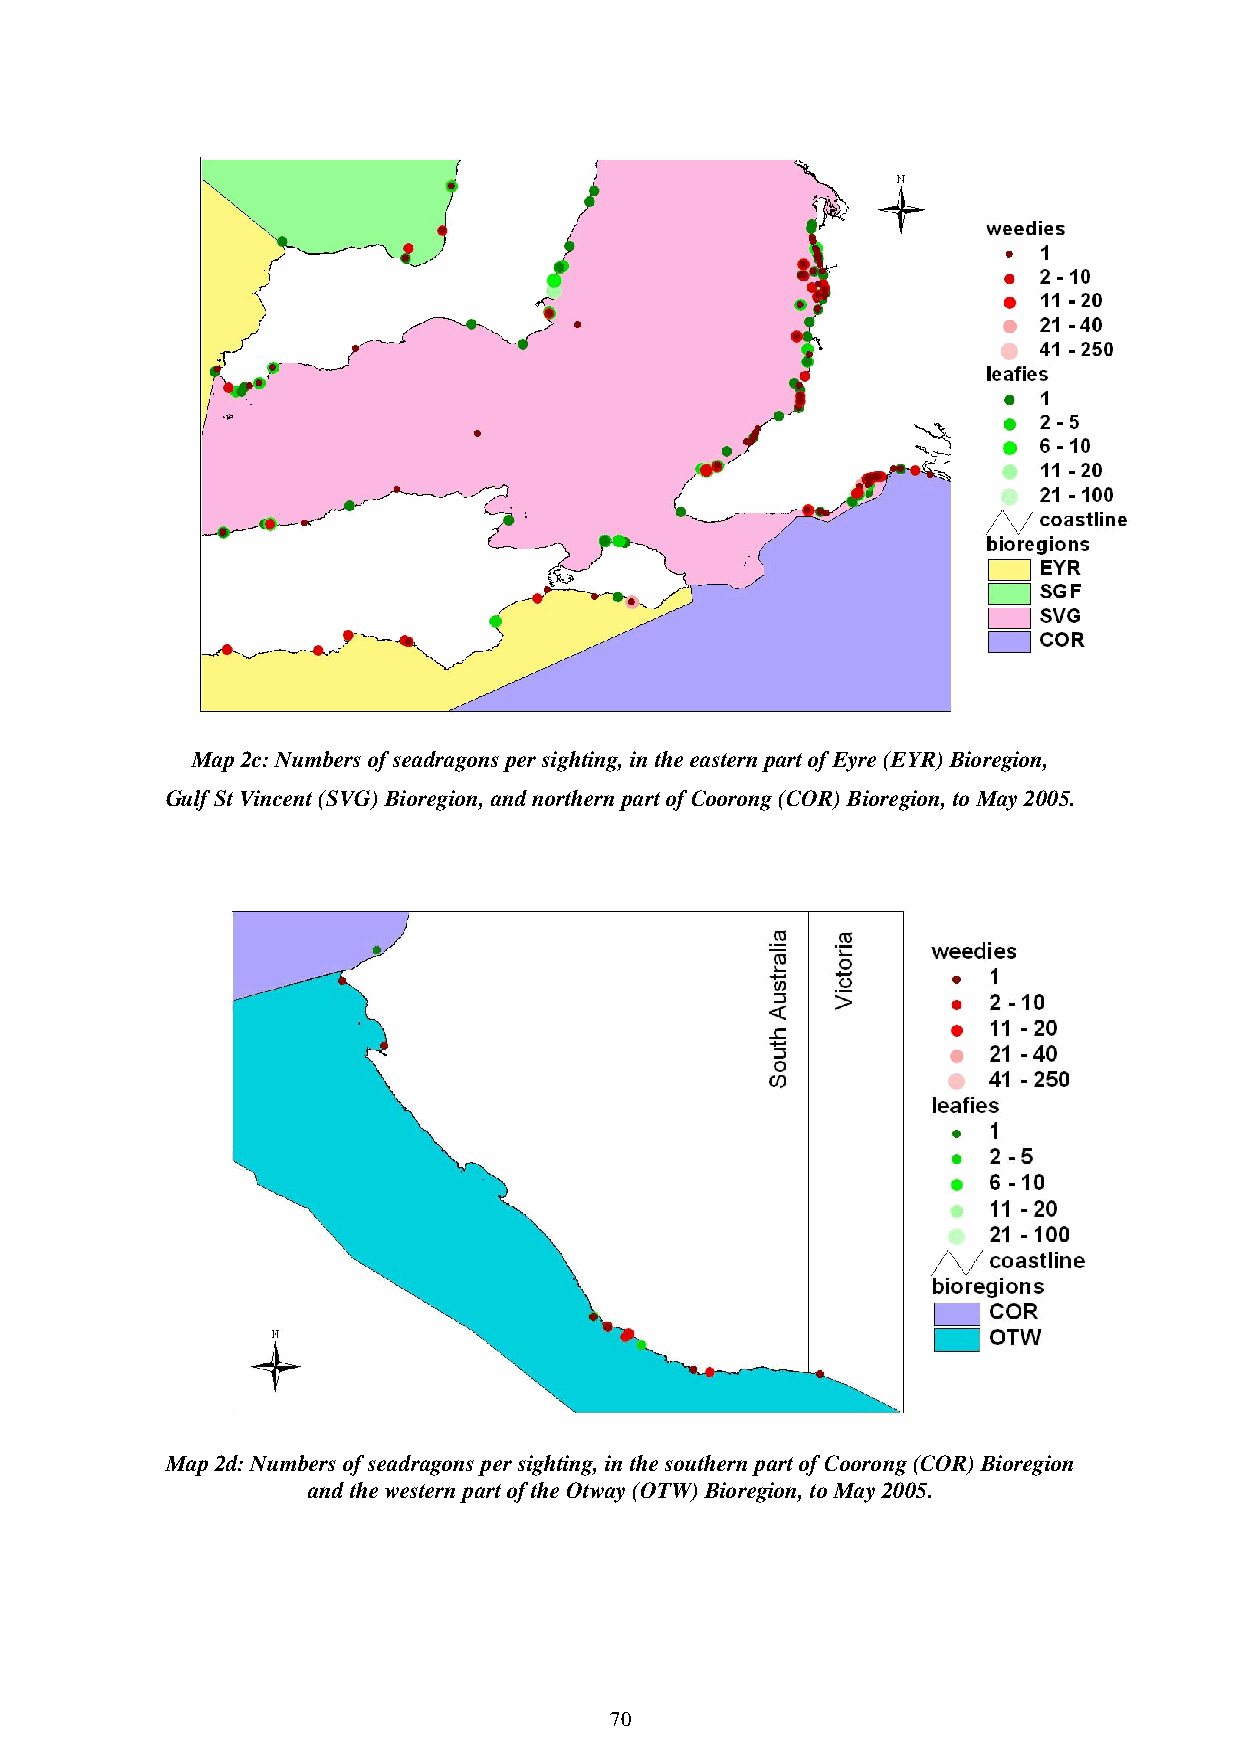
Map 2c: Numbers of seadragons per sighting, in the eastern part of Eyre (EYR) Bioregion,
 Gulf St Vincent (SVG) Bioregion, and northern part of Coorong (COR) Bioregion, to May 2005.
 Map 2d: Numbers of seadragons per sighting, in the southern part of Coorong (COR) Bioregion
 and the western part of the Otway (OTW) Bioregion, to May 2005.
 70